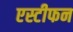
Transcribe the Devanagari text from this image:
एस्टीफन